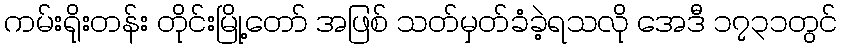
ကမ်းရိုးတန်း တိုင်းမြို့တော် အဖြစ် သတ်မှတ်ခံခဲ့ရသလို အေဒီ ၁၇၃၁တွင်